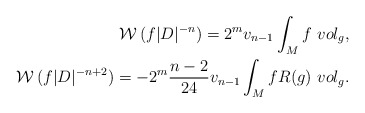
\begin{align*}\begin{aligned}\mathcal{W}\,(f|D|^{-n})= 2^{m} v_{n-1} \int _{M} f~vol_{g},\\\mathcal{W}\,(f |D|^{-n+2})= -2^{m} \frac{n-2}{24} v_{n-1} \int _{M}f R(g)~vol_{g} .\end{aligned}\end{align*}